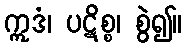
ဣဒံ၊ ပဋိစ္စ၊ စွဲ၍။